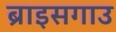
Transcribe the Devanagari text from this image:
ब्राइसगाउ